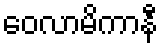
ဝေလာမိကာနီ